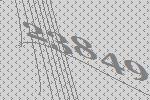
23849